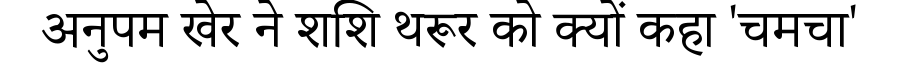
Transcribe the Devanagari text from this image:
अनुपम खेर ने शशि थरूर को क्यों कहा 'चमचा'